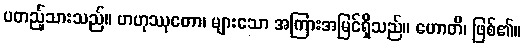
ပတည့်သားသည်။ ဗာဟုဿုတော၊ များသော အကြားအမြင်ရှိသည်။ ဟောတိ၊ ဖြစ်၏။